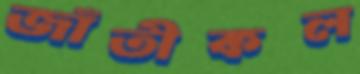
জাঁতীকল